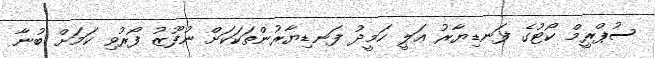
ސުޕްރީމް ކޯޓުގެ ފަނޑިޔާރު ޢަލީ ހަމީދު ފަނޑިޔާރުންތަކަކަށް ނުފޫޒު ފޯރުވި ކަމަށް ބުނާ